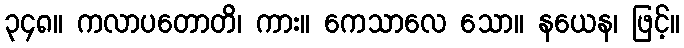
၃၄၈။ ကလာပတောတိ၊ ကား။ ကေသာလေ သော။ နယေန၊ ဖြင့်။